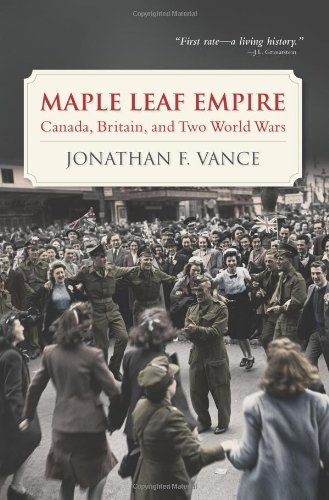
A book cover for Maple Leaf Empire: Canada, Britain, and Two World Wars; Jonathan F. Vance; History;